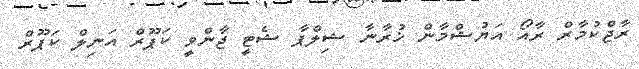
ރާޖްކުމާރް ރާއޯ އަޔުޝްމާން ޚުރާނާ ޝިލްޕާ ޝެޓީ ޖާންވީ ކަޕޫރް އަނިލް ކަޕޫރް